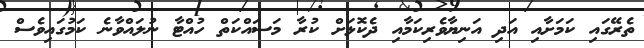
ތެރޭގައި ކަމަށާއި އަދި އަނިޔާވެރިކަމާއި ދެކޮޅަށް ކުރާ މަސައްކަތް ހުއްޓާ ނުލައްވާނެ ކަމުގައިވެސް